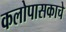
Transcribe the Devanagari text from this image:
कलोपासकाचे